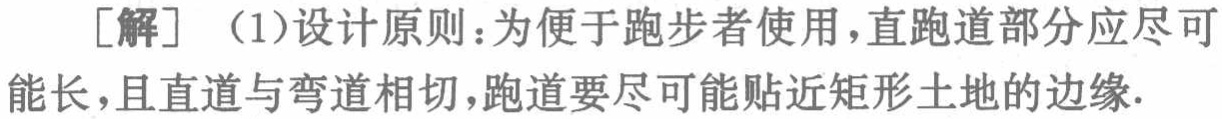
[解]（1）设计原则：为便于跑步者使用，直跑道部分应尽可能长，且直道与弯道相切，跑道要尽可能贴近矩形土地的边缘.